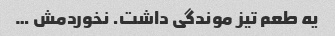
یه طعم تیز موندگی داشت. نخوردمش …